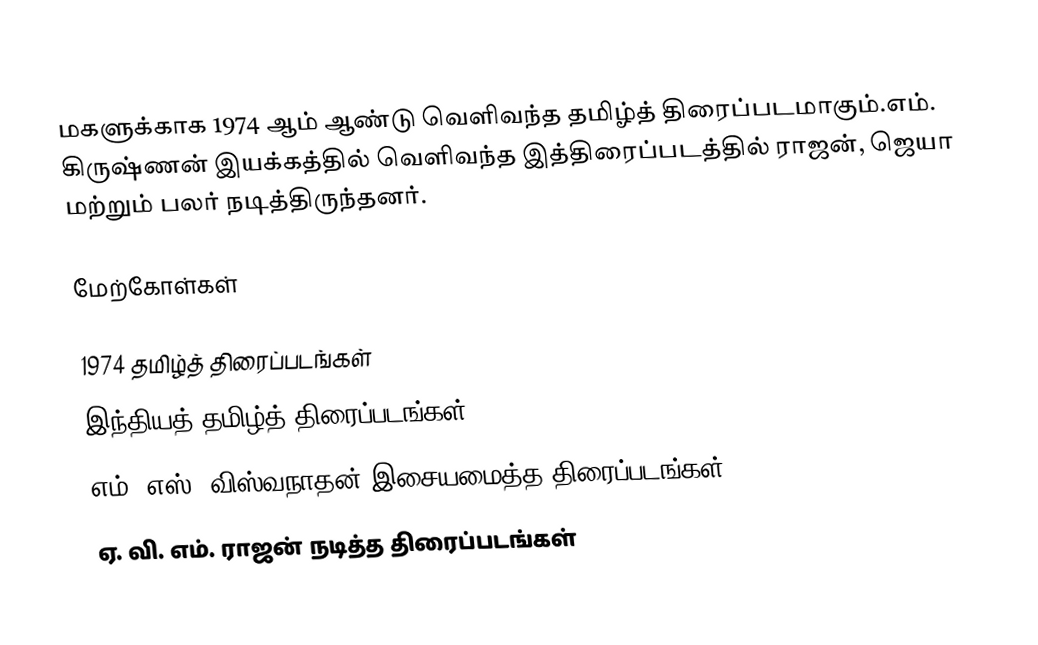
மகளுக்காக 1974 ஆம் ஆண்டு வெளிவந்த தமிழ்த் திரைப்படமாகும்.எம். கிருஷ்ணன் இயக்கத்தில் வெளிவந்த இத்திரைப்படத்தில் ராஜன், ஜெயா மற்றும் பலர் நடித்திருந்தனர்.

மேற்கோள்கள்

1974 தமிழ்த் திரைப்படங்கள்
இந்தியத் தமிழ்த் திரைப்படங்கள்
எம். எஸ். விஸ்வநாதன் இசையமைத்த திரைப்படங்கள்
ஏ. வி. எம். ராஜன் நடித்த திரைப்படங்கள்